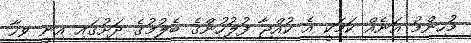
މުހިންމު އަނެއް ކަމަކީ އެ ކުއްޖާ ފުލުހުންގެ ބެލުމުގެ ދަށުގައި އިނީ ވިހާ